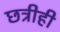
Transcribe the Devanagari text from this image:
छत्रीही